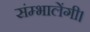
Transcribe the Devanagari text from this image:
संम्भालेंगी।